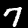
Digit: 7